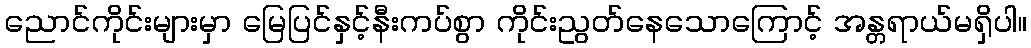
ညောင်ကိုင်းများမှာ မြေပြင်နှင့်နီးကပ်စွာ ကိုင်းညွတ်နေသောကြောင့် အန္တရာယ်မရှိပါ။